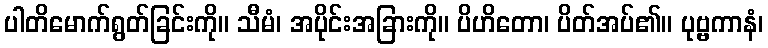
ပါတိမောက်ရွတ်ခြင်းကို။ သီမံ၊ အပိုင်းအခြားကို။ ပိဟိတော၊ ပိတ်အပ်၏။ ပုဗ္ဗကာနံ၊